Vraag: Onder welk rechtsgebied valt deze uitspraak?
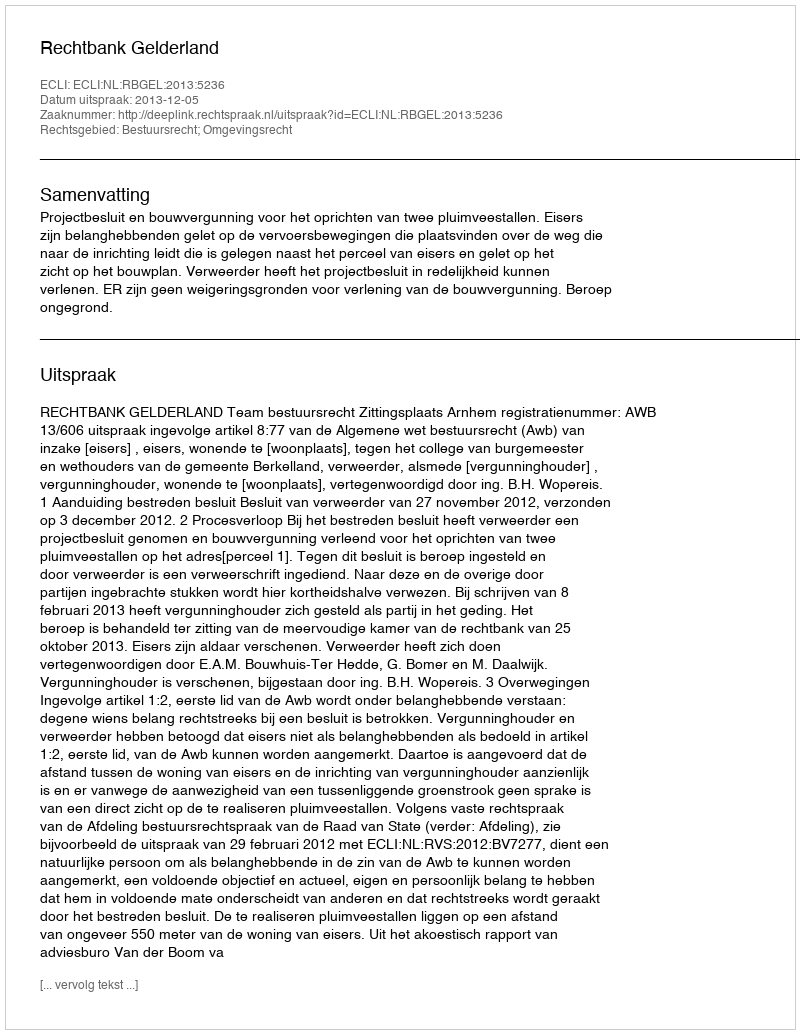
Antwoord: Bestuursrecht; Omgevingsrecht